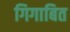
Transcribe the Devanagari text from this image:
गिगाबित